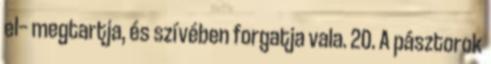
el− megtartja, és szívében forgatja vala. 20. A pásztorok